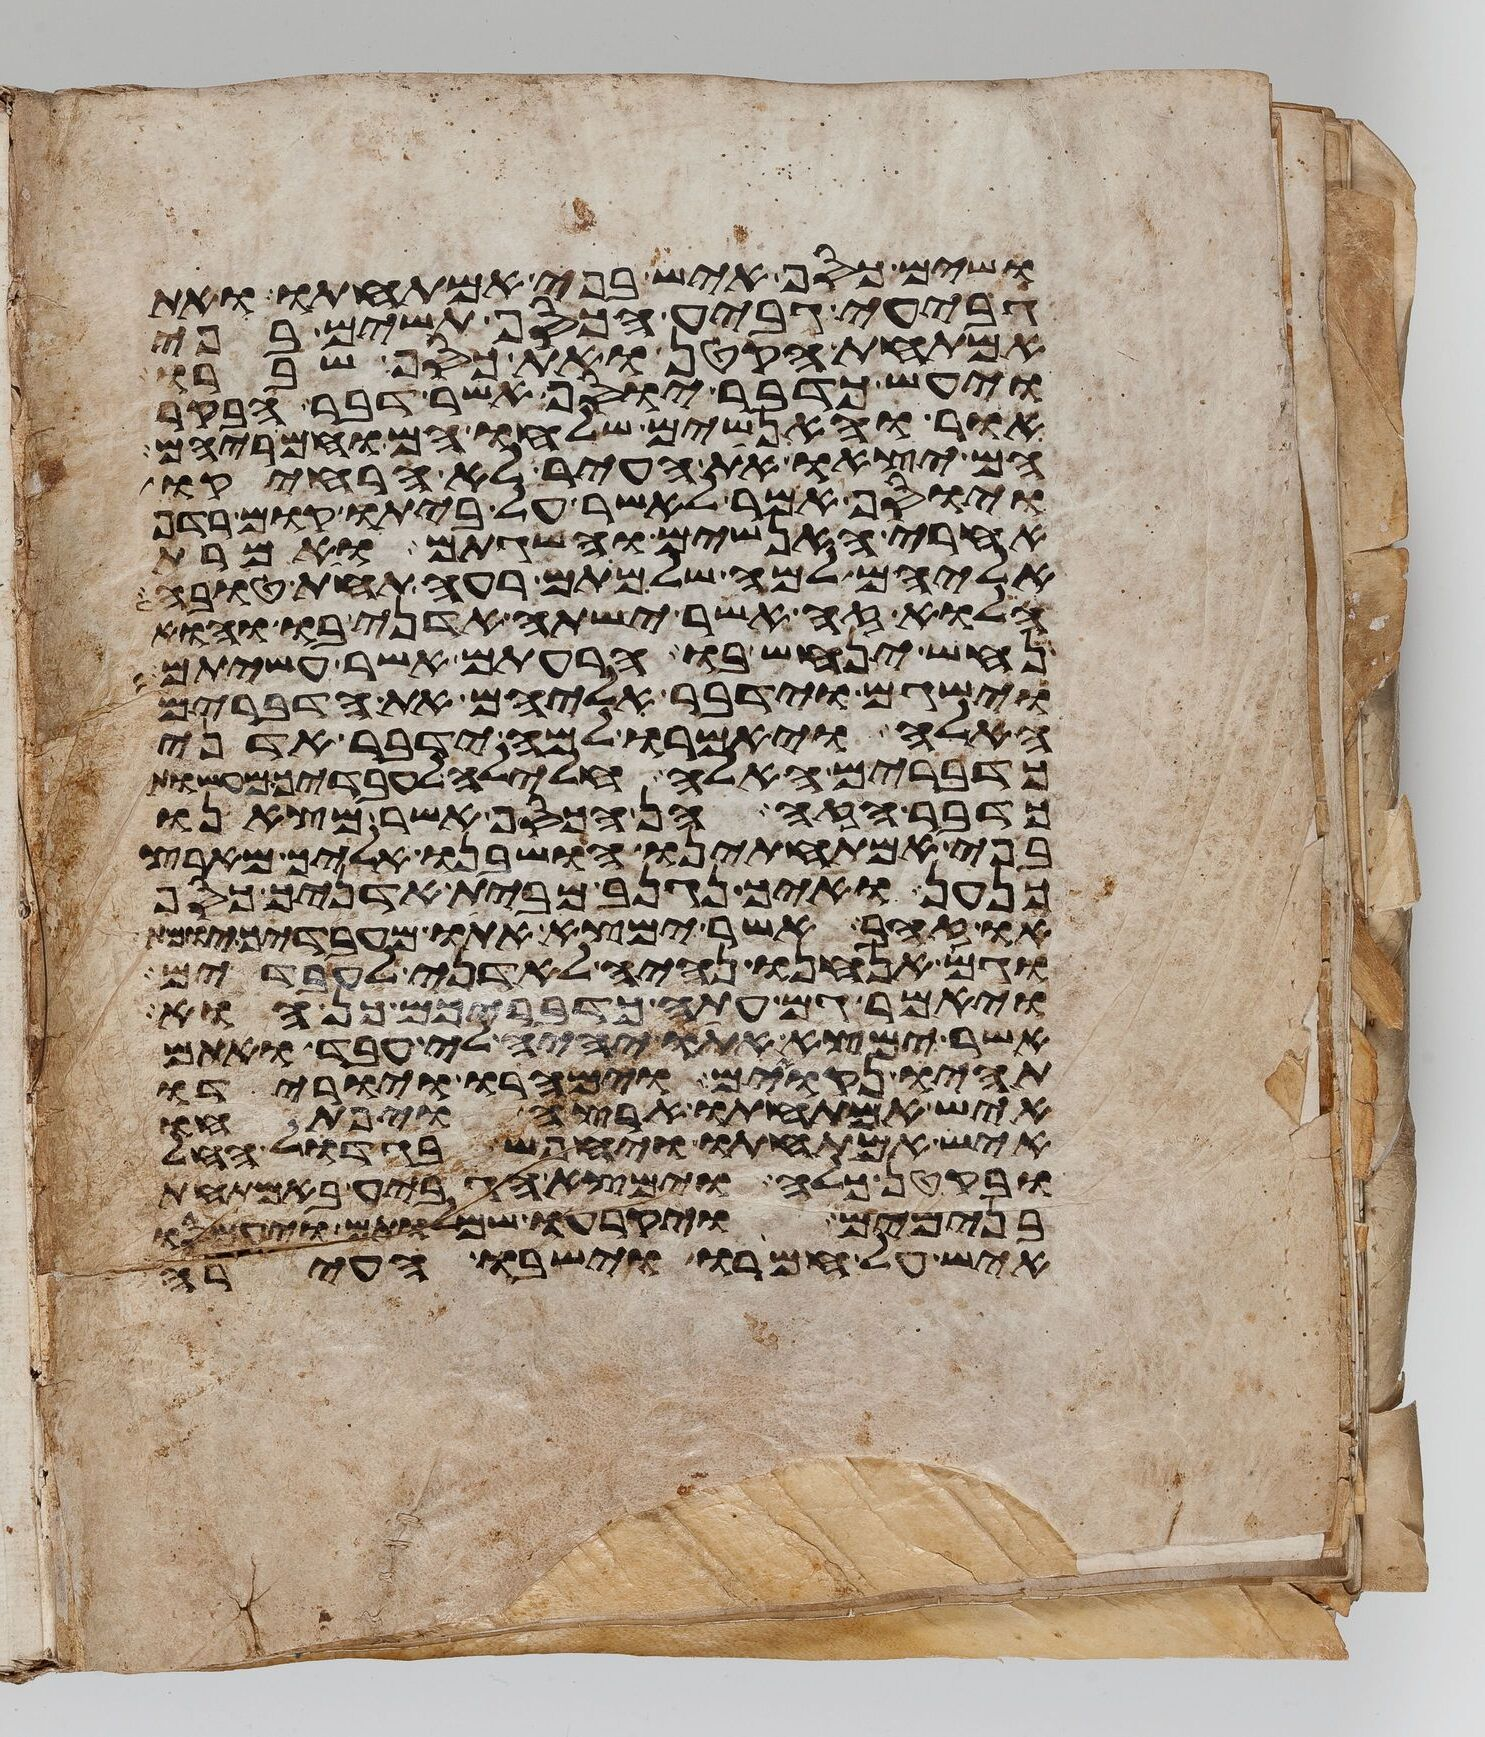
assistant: ושים כסף איש בפי אמתחתו ואת
גביע גביע הכסף תשים בפי
אמתחת הקטן ואת כסף שברו
ויעש כדבר יוסף אשר דבר הבקר
אור והאנשים שלחו הם וחמריהם
הם יצאו את העיר לא הרחיקו
ויוסף אמר לאשר על ביתו קום רדף
אחרי האנשים והשגתם ואמרת
אליהם למה שלמתם רעה תחת טובה
הלוא זה אשר ישתה אדני בו והוא
נחש ינחש בו הרעתם אשר עשיתם
וישגם וידבר אליהם את הדברים
האלה ויאמרו למה ידבר אדני
כדברים האלה חלילה לעבדיך מעשות
כדבר הזה הן הכסף אשר מצאנו
בפי אמתחתינו הושבנו אליך מארץ
כנען ואיך נגנב מבית אדניך כסף
או זהב אשר ימצא אתו מעבדיך יומת
וגם אנחנו נהיה לאדני לעבדים
ויאמר גם עתה כדבריכם כן הוא
אשר ימצא אתו יהיה לי עבד ואתם
תהיו נקואים וימהרו ויורידו
איש אמתחתו ארצה ויפתחו
איש אמתחתו ויחפש בגדול החל
ובקטן כלה וימצא הגביע באמתחת
בנימים ויקרעו שמלותם ויעמסו
איש על חמורו וישבו העירה